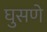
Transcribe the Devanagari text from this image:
घुसणे